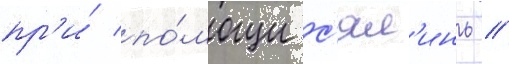
пр'и́ по́мощи с'ял'инь /